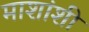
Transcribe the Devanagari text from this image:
माशांशी